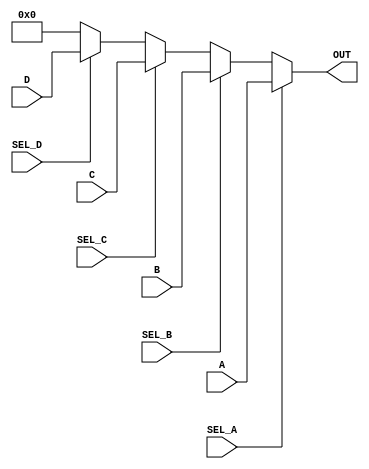
`timescale 1ns / 1ps
//////////////////////////////////////////////////////////////////////////////////
// Company: 
// Engineer: 
// 
// Design Name: 
// Module Name:    select1of4_16 
// Project Name: 
// Target Devices: 
// Tool versions: 
// Description: 
//
// Dependencies: 
//
// Revision: 
// Revision 0.01 - File Created
// Additional Comments: 
//
//////////////////////////////////////////////////////////////////////////////////
module select1of4_16(
    input [15:0] A,
    input [15:0] B,
    input [15:0] C,
    input [15:0] D,
    input SEL_A,
    input SEL_B,
    input SEL_C,
    input SEL_D,
    output reg [15:0] OUT
    );

always  @ (A or B or C or D or SEL_A or SEL_B or SEL_C or SEL_D) begin
	// when (what shouldn't really happen; TODO how do I "assert" invalid conditions?) more than one is selected, take the "earliest" one.
	if (SEL_A) OUT = A;
	else if (SEL_B) OUT = B;
	else if (SEL_C) OUT = C;
	else if (SEL_D) OUT = D;
	else OUT = 16'h0000;
	
end

endmodule